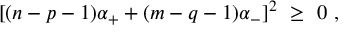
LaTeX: [ ( n - p - 1 ) \alpha _ { + } + ( m - q - 1 ) \alpha _ { - } ] ^ { 2 } \ \geq \ 0 \ ,